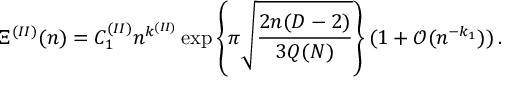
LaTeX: \Xi ^ { ( I I ) } ( n ) = C _ { 1 } ^ { ( I I ) } n ^ { k ^ { ( I I ) } } \exp \left\{ \pi \sqrt { \frac { 2 n ( D - 2 ) } { 3 Q ( N ) } } \right\} ( 1 + { \mathcal O } ( n ^ { - k _ { 1 } } ) ) \, \mathrm { . }